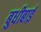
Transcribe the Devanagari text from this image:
बुधीबाई